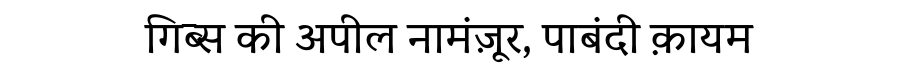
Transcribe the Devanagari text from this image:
गिब्स की अपील नामंज़ूर, पाबंदी क़ायम